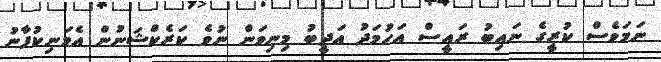
ނަމަވެސް ކުރީގެ ނައިބު ރައީސް އަހުމަދު އަދީބު މިނިވަން ނުވެ ކަރެކްޝަނުން އެމަނިކުފާނު